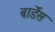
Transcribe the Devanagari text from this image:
बार्डेस